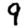
Digit: 9